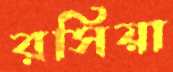
রসিয়া